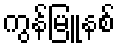
ကွန်မြူနစ်